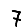
Digit: 7